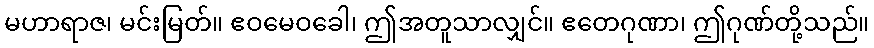
မဟာရာဇ၊ မင်းမြတ်။ ဧဝမေဝခေါ၊ ဤအတူသာလျှင်။ ဧတေဂုဏာ၊ ဤဂုဏ်တို့သည်။